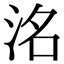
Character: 洺